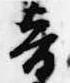
音